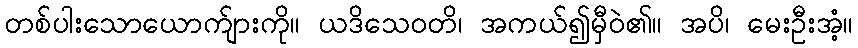
တစ်ပါးသောယောက်ျားကို။ ယဒိသေဝတိ၊ အကယ်၍မှီဝဲ၏။ အပိ၊ မေးဦးအံ့။